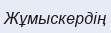
Жұмыскердің